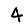
Digit: 4